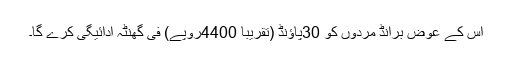
اس کے عوض برانڈ مردوں کو 30پاﺅنڈ (تقریباً 4400روپے) فی گھنٹہ ادائیگی کرے گا۔